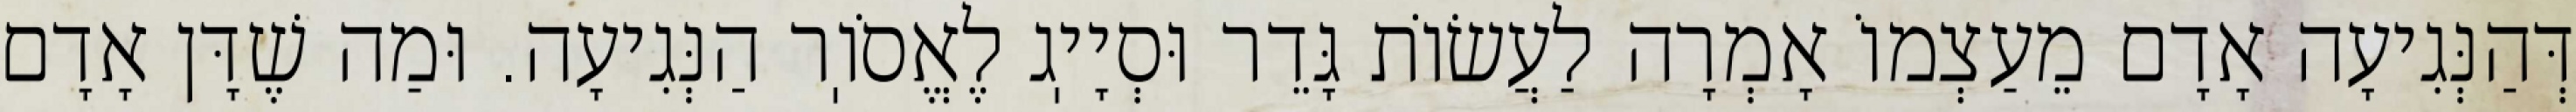
דְּהַנְּגִיעָה אָדָם מֵעַצְמוֹ אָמְרָה לַעֲשׂוֹת גָּדֵר וּסְיָיֽג לֶאֱסֹוֽר הַנְּגִיעָה. וּמַה שֶׁדָּן אָדָם